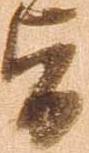
旨